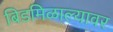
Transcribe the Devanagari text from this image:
बिडमिळाल्यावर